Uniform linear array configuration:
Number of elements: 4
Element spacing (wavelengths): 0.25
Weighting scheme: hamming
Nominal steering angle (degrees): -30
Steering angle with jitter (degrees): -28.744
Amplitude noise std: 0.05
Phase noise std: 0.05

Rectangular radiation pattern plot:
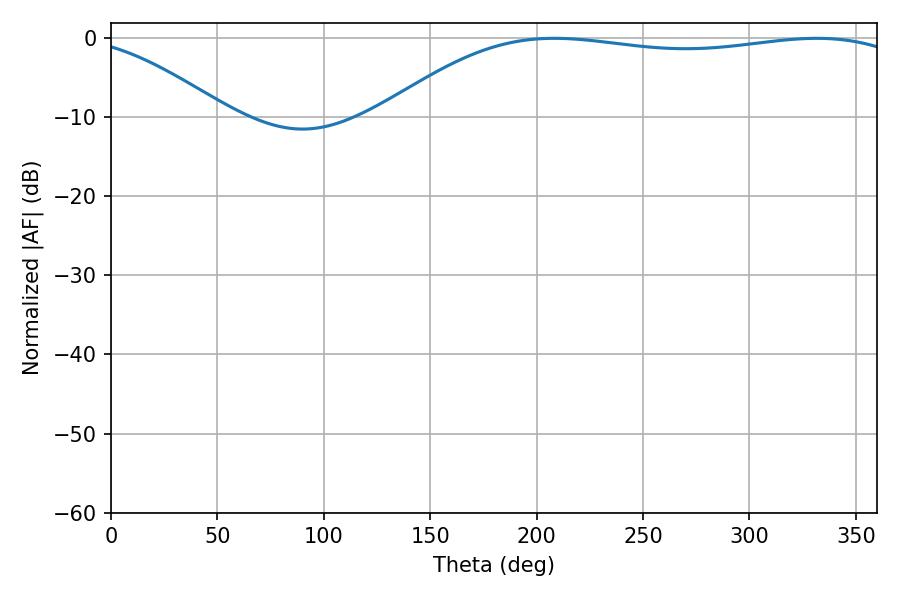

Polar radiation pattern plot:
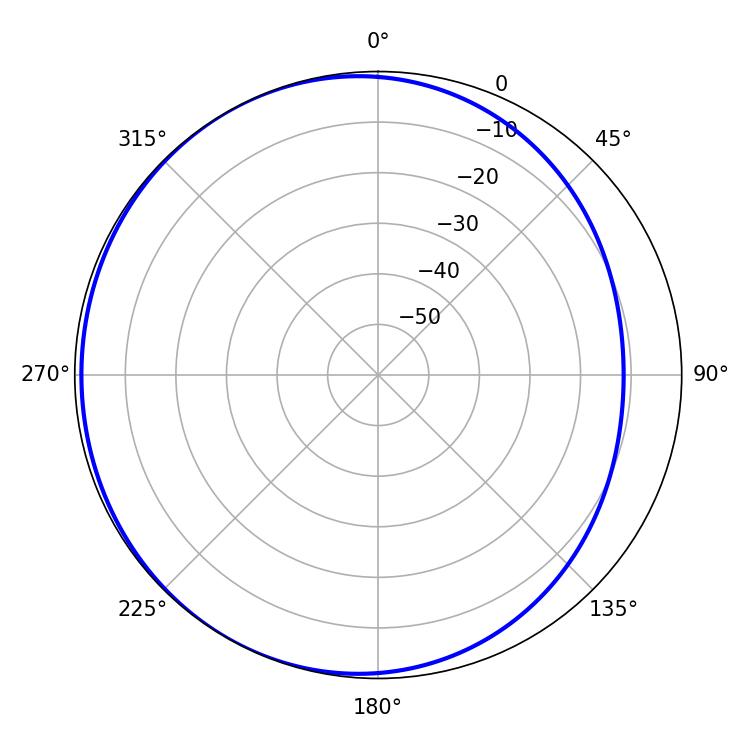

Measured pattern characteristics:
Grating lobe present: FALSE
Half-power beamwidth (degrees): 198.18
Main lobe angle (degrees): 208.26